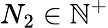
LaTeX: N_{2}\in\mathbb{N}^{+}